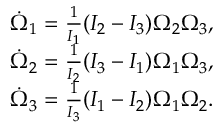
\begin{array} { r } { \dot { \Omega } _ { 1 } = \frac { 1 } { I _ { 1 } } ( I _ { 2 } - I _ { 3 } ) \Omega _ { 2 } \Omega _ { 3 } , } \\ { \dot { \Omega } _ { 2 } = \frac { 1 } { I _ { 2 } } ( I _ { 3 } - I _ { 1 } ) \Omega _ { 1 } \Omega _ { 3 } , } \\ { \dot { \Omega } _ { 3 } = \frac { 1 } { I _ { 3 } } ( I _ { 1 } - I _ { 2 } ) \Omega _ { 1 } \Omega _ { 2 } . } \end{array}